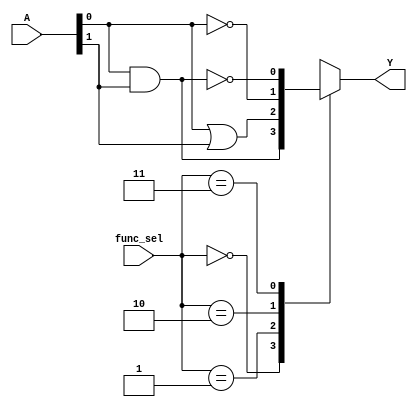
module CLB (
    input wire [3:0] A,        // 4-bit input
    input wire [1:0] func_sel, // Function select signal
    output reg Y               // Output
);

// Internal signals for various logic functions
wire and_out, or_out, not_out, nand_out, nor_out, xor_out, xnor_out;

// Logic function implementations
assign and_out = A[0] & A[1]; // AND
assign or_out  = A[0] | A[1]; // OR
assign not_out = ~A[0];        // NOT
assign nand_out = ~(A[0] & A[1]); // NAND
assign nor_out  = ~(A[0] | A[1]); // NOR
assign xor_out  = A[0] ^ A[1]; // XOR
assign xnor_out = ~(A[0] ^ A[1]); // XNOR

// Multiplexer to select the output based on func_sel
always @(*) begin
    case (func_sel)
        2'b00: Y = and_out;   // Select AND
        2'b01: Y = or_out;    // Select OR
        2'b10: Y = not_out;   // Select NOT
        2'b11: Y = nand_out;  // Select NAND
        2'b100: Y = nor_out;  // Select NOR
        2'b101: Y = xor_out;  // Select XOR
        2'b110: Y = xnor_out; // Select XNOR
        default: Y = 1'b0;    // Default case
    endcase
end

endmodule